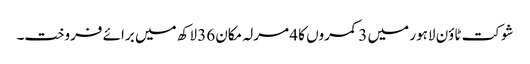
شوکت ٹاؤن لاہور میں 3 کمروں کا 4 مرلہ مکان 36 لاکھ میں برائے فروخت۔